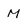
Character: M